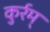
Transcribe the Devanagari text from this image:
कुर्रम्